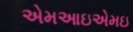
એમઆઇએમઇ